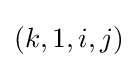
(k,1,i,j)